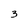
Character: 3